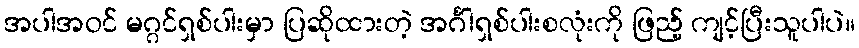
အပါအဝင် မဂ္ဂင်ရှစ်ပါးမှာ ပြဆိုထားတဲ့ အင်္ဂါရှစ်ပါးစလုံးကို ဖြည့် ကျင့်ပြီးသူပါပဲ။